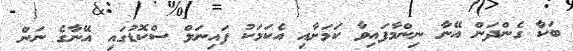
ބަކާ ގެންދަން އޭނާ ނިންމާފައިވާ ކަމަށާއި އެކަމަކު ފައިނަލް ސްކޮޑުގައި އޭނާގެ ނަން